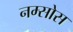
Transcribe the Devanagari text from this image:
नम्सोस